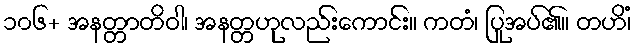
၁၀၆+ အနတ္တာတိဝါ၊ အနတ္တဟုလည်းကောင်း။ ကတံ၊ ပြုအပ်၏။ တဟိံ၊